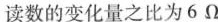
读数的变化量之比为6Ω